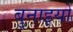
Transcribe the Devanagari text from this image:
बुनाइयों